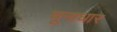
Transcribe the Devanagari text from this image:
चूनाधार